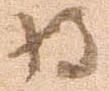
将